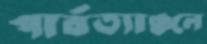
পার্বত্যাঞ্চলে